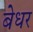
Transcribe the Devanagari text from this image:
बेधर